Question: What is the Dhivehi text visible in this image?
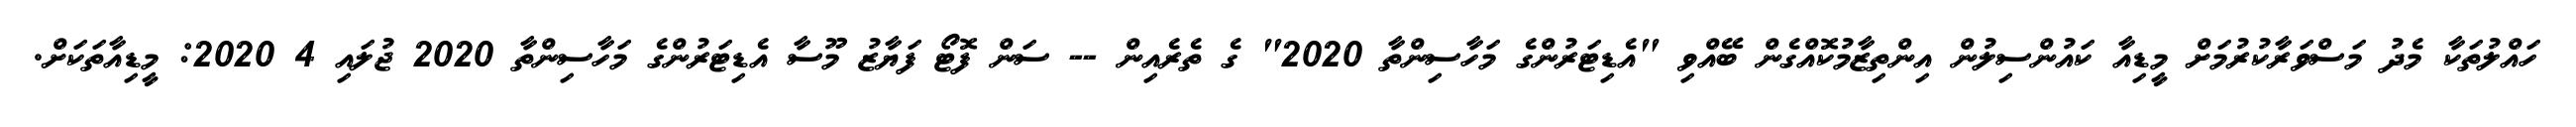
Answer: ހައްލުތަކާ މެދު މަސްވަރާކުރުމަށް މީޑިއާ ކައުންސިލުން އިންތިޒާމުކޮއްގެން ބޭއްވި "އެޑިޓަރުންގެ މަހާސިންތާ 2020" ގެ ތެރެއިން -- ސަން ފޮޓޯ ފަޔާޒު މޫސާ އެޑިޓަރުންގެ މަހާސިންތާ 2020 ޖުލައި 4 2020: މީޑިއާތަކަށް.